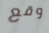
وقع